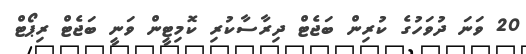
20 ވަނަ ދުވަހުގެ ކުރިން ބަޖެޓް ދިރާސާކުރި ކޮމިޓީން ވަނީ ބަޖެޓް ރިޕޯޓް